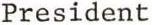
President